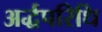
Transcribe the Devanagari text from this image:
अर्द्धपरिधि